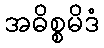
အဓိစ္စမိဒံ